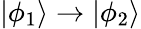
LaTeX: |\phi_{1}\rangle\rightarrow|\phi_{2}\rangle